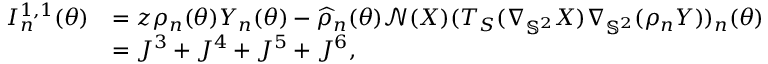
\begin{array} { r l } { I _ { n } ^ { 1 , 1 } ( { \boldsymbol { \theta } } ) } & { = z \rho _ { n } ( { \boldsymbol { \theta } } ) \boldsymbol { Y } _ { n } ( { \boldsymbol { \theta } } ) - \widehat { \rho } _ { n } ( { \boldsymbol { \theta } } ) \mathcal { N } ( \boldsymbol { X } ) ( T _ { S } ( \nabla _ { \mathbb { S } ^ { 2 } } \boldsymbol { X } ) \nabla _ { \mathbb { S } ^ { 2 } } ( \rho _ { n } \boldsymbol { Y } ) ) _ { n } ( { \boldsymbol { \theta } } ) } \\ & { = J ^ { 3 } + J ^ { 4 } + J ^ { 5 } + J ^ { 6 } , } \end{array}